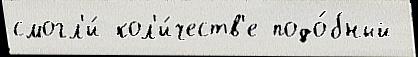
смогл'и́ кол'и́честв'е подо́бный